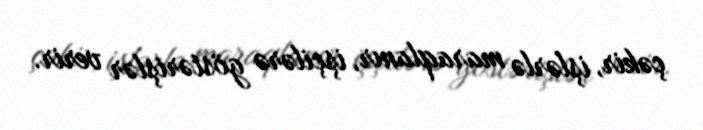
çəkir, işlərlə maraqlanır, işçilərə göstərişlər verir.